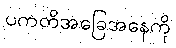
ပကတိအခြေအနေကို